Vaccination in Burma 1889-1999 - 1889-1999
Year: 1889
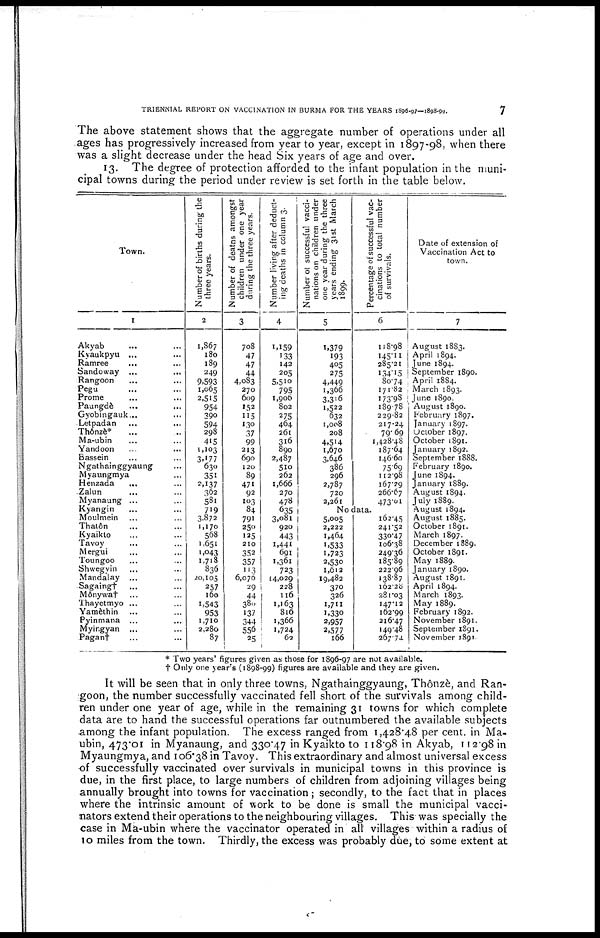
TRIENNIAL REPORT ON VACCINATION IN BURMA FOR THE YEARS 1896-97—1898-99.
7
The above statement shows that the aggregate number of operations under all
ages has progressively increased from year to year, except in 1897-98, when there
was a slight decrease under the head Six years of age and over.
13. The degree of protection afforded to the infant population in the muni-
cipal towns during the period under review is set forth in the table below.
Town.
1
Akyab ... ...
Kyaukpyu ... ...
Ramree ... ...
Sandoway ... ...
Rangoon ... ...
Pegu ... ...
Prome ... ...
Paungde ... ...
Gyobingauk... ...
Letpadan ... ...
Thônzè* ... ...
Ma-ubin ... ...
Yandoon ... ...
Bassein ... ...
Ngathainggyaung ...
Myaungmya ... ...
Henzada ... ...
Zalun ... ...
Myanaung ...
Kyangin ... ...
Moulmein ... ...
Thatôn ... ...
Kyaikto ... ...
Tavoy ... ...
Mergui ... ...
Toungoo ... ...
Shwegyin ... ...
Mandalay ... ...
Sagaing† ... ...
Mônywa† ... ...
Thayetmyo ... ...
Yamèthin ... ...
Pyinmana ... ...
Myingyan ... ...
Pagan† ... ...
Number of births during the
three years.
2
1,867
180
189
249
9,593
1,065
2,515
954
390
594
298
415
1,103
3,177
630
351
2,137
362
581
719
3,872
1,170
568
1,651
1,043
1,718
836
20,105
257
160
1,543
953
1,710
2,280
87
Number of deatns amongst
children under one year
during the three years.
3
708
47
47
44
4,083
270
609
152
115
130
37
99
213
690
120
89
471
92
103
84
791
250
125
210
352
357
113
6,076
29
44
380
137
344
556
25
Number living after deduct-
ing deaths in column 3.
4
1,159
133
142
205
5,510
795
1,906
802
275
464
261
316
890
2,487
510
262
1,666
270
478
635
3,081
920
443
1,441
691
1,361
723
44,029
228
116
1,163
816
1,366
1,724
62
Number of successful vacci-
nations on children under
one year during the three
years ending 31st March
1899.
5
1,379
193
405
275
4,449
1,366
3,316
1,522
632
1,008
208
4,514
1,670
3,646
386
296
2,787
720
2,261
Percentage of successful vac-
cinations to total number
of survivals.
6
118.98
145.11
285.21
134.15
80.74
171.82
173.98
189.78
229.82
217.24
79. 69
1,428.48
187.64
146.60
75.69
112.98
167.29
266.67
473.01
No data.
5,005
2,222
1,464
1,533
1,723
2,530
1,612
19,482
370
326
1,711
1,330
2,957
2,577
166
162.45
241.52
330.47
106.38
249.36
185.89
222.96
138.87
162.28
281.03
147.12
162.99
216.47
149.48
267.74
Date of extension of
Vaccination Act to
town.
7
August 1883.
April 1894.
June 1894.
September 1890.
April 1884.
March 1893.
June 1890.
August 1890.
February 1897.
January 1897.
October 1897.
October 1891.
January 1892.
September 1888.
February 1890.
June 1894.
January 1889.
August 1894.
July 1889.
August 1894.
August 1885.
October 1891.
March 1897.
December 1889.
October 1891.
May 1889.
January 1890.
August 1891.
April 1894.
March 1893.
May 1889.
February 1892.
November 1891.
September 1891.
November 1891.
* Two years figures given as those for 1896-97 are not available,
† Only one year's (1898-99) figures are available and they are given.
It will be seen that in only three towns, Ngathainggyaung, Thônzè, and Ran-
goon, the number successfully vaccinated fell short of the survivals among child-
ren under one year of age, while in the remaining 31 towns for which complete
data are to hand the successful operations far outnumbered the available subjects
-among the infant population. The excess ranged from 1,428.48 per cent. in Ma-
ubin, 473.01 in Myanaung, and 330.47 in Kyaikto to 118.98 in Akyab, 112.98 in
Myaungmya, and 106.38 in Tavoy. This extraordinary and almost universal excess
of successfully vaccinated over survivals in municipal towns in this province is
due, in the first place, to large numbers of children from adjoining villages being
annually brought into towns for vaccination ; secondly, to the fact that in places
where the intrinsic amount of work to be done is small the municipal vacci-
nators extend their operations to the neighbouring villages. This was specially the
case in Ma-ubin where the vaccinator operated in all villages within a radius of
10 miles from the town. Thirdly, the excess was probably due, to some extent at